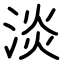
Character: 淡